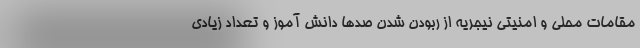
مقامات محلی و امنیتی نیجریه از ربودن شدن صدها دانش آموز و تعداد زیادی